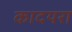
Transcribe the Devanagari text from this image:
कादयरा